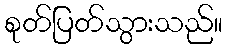
စုတ်ပြတ်သွားသည်။